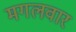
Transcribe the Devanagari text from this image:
मगलवार